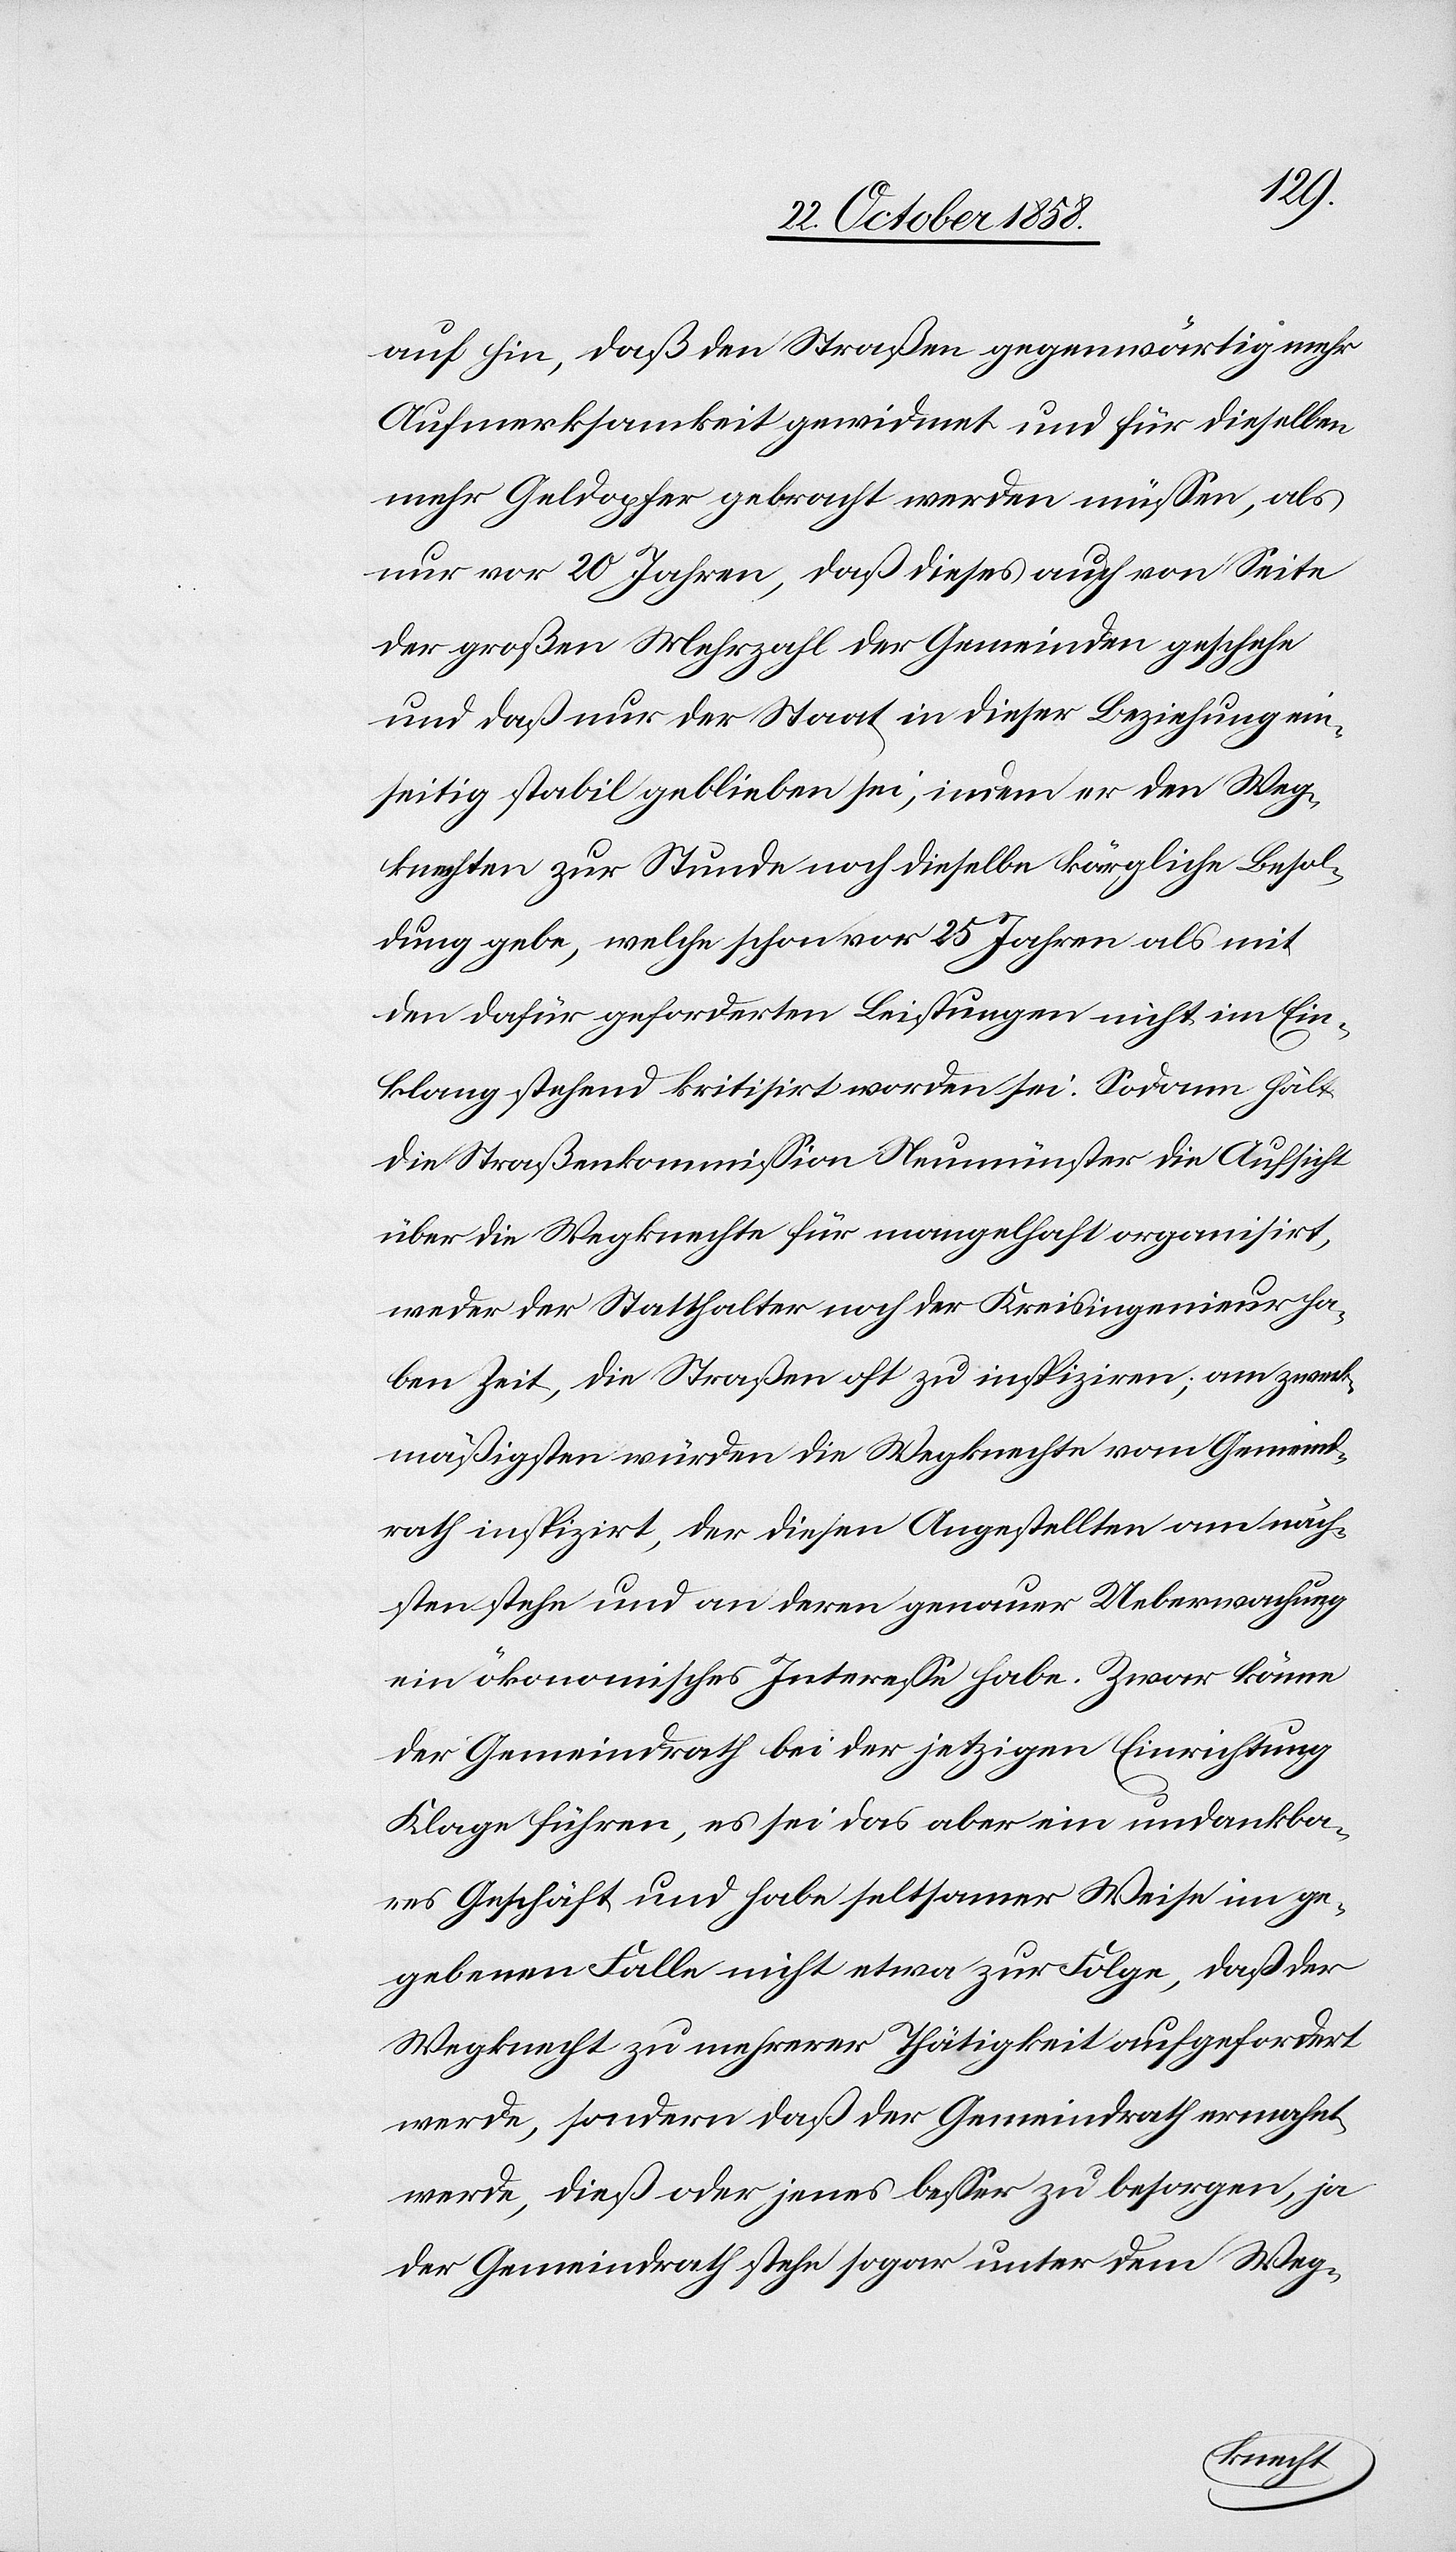
auf hin, daß den Straßen gegenwärtig mehr
Aufmerksamkeit gewidmet und für dieselben
mehr Geldopfer gebracht werden müssen, als
nur vor 20 Jahren, daß dieses auch von Seite
der großen Mehrzahl der Gemeinden geschehe
und daß nur der Staat in dieser Beziehung ein¬
seitig stabil geblieben sei, indem er den Weg¬
knechten zur Stunde noch dieselbe kärgliche Besol¬
dung gebe, welche schon vor 25 Jahren als mit
den dafür geforderten Leistungen nicht im Ein¬
klang stehend kritisirt worden sei. Sodann hält
die Straßenkommission Neumünster die Aufsicht
über die Wegknechte für mangelhaft organisirt,
weder der Statthalter noch der Kreisingenieur ha¬
ben Zeit, die Straßen oft zu inspiziren; am zweck¬
mäßigsten würden die Wegknechte vom Gemeind¬
rath inspizirt, der diesen Angestellten am näch¬
sten stehe und an deren genauer Ueberwachung
ein ökonomisches Interesse habe. Zwar könne
der Gemeindrath bei der jetzigen Einrichtung
Klage führen, es sei das aber ein undankba¬
res Geschäft und habe seltsamer Weise im ge¬
gebenen Falle nicht etwa zur Folge, daß der
Wegknecht zu mehrerer Thätigkeit aufgefordert
werde, sondern daß der Gemeindrath ermahnt
werde, dieß oder jenes besser zu besorgen, ja
der Gemeindrath stehe sogar unter dem Weg-